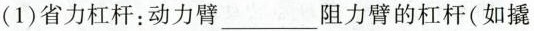
(1)省力杠杆：动力臂___阻力臂的杠杆(如撬